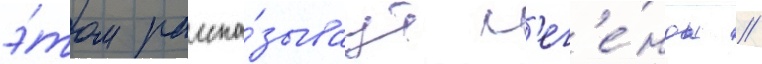
э́том расска́зываут л'ег'е́нды /